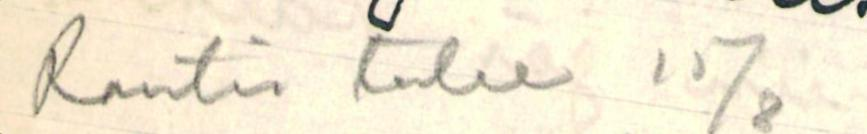
Rautio tulee 15/8